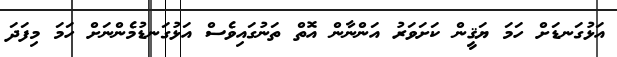
އަޅުގަނޑަށް ހަމަ ޔަޤީން ކަށަވަރު އަންނާން އޮތް ތަނުގައިވެސް އަޅުގަނޑުމެންނަށް ހަމަ މިފަދަ